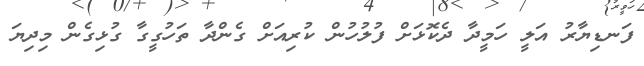
ފަނޑިޔާރު އަލީ ހަމީދާ ދެކޮޅަށް ފުލުހުން ކުރިއަށް ގެންދާ ތަހުގީގާ ގުޅިގެން މިދިޔަ